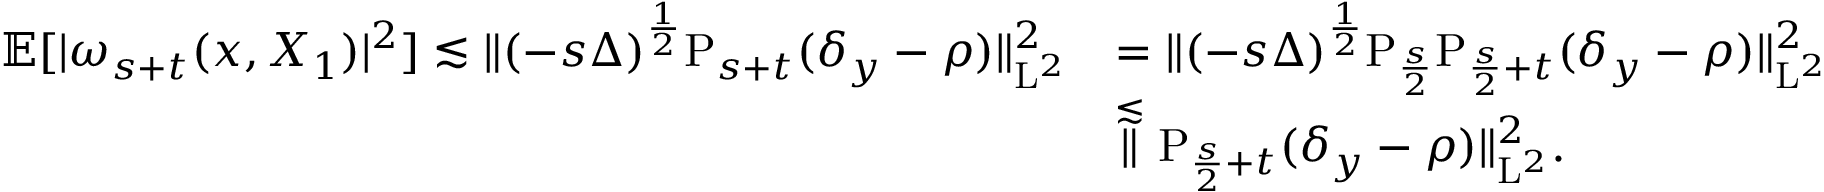
\begin{array} { r l } { \mathbb { E } [ \vert \omega _ { s + t } ( x , X _ { 1 } ) \vert ^ { 2 } ] \lesssim \| ( - s \Delta ) ^ { \frac { 1 } { 2 } } \mathrm { P } _ { s + t } ( \delta _ { y } - \rho ) \| _ { \mathrm { L } ^ { 2 } } ^ { 2 } } & { = \| ( - s \Delta ) ^ { \frac { 1 } { 2 } } \mathrm { P } _ { \frac { s } { 2 } } \mathrm { P } _ { \frac { s } { 2 } + t } ( \delta _ { y } - \rho ) \| _ { \mathrm { L } ^ { 2 } } ^ { 2 } } \\ & { \stackrel { \lesssim } \| \mathrm { P } _ { \frac { s } { 2 } + t } ( \delta _ { y } - \rho ) \| _ { \mathrm { L } ^ { 2 } } ^ { 2 } . } \end{array}